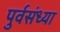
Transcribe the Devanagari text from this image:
पुर्वसंध्या